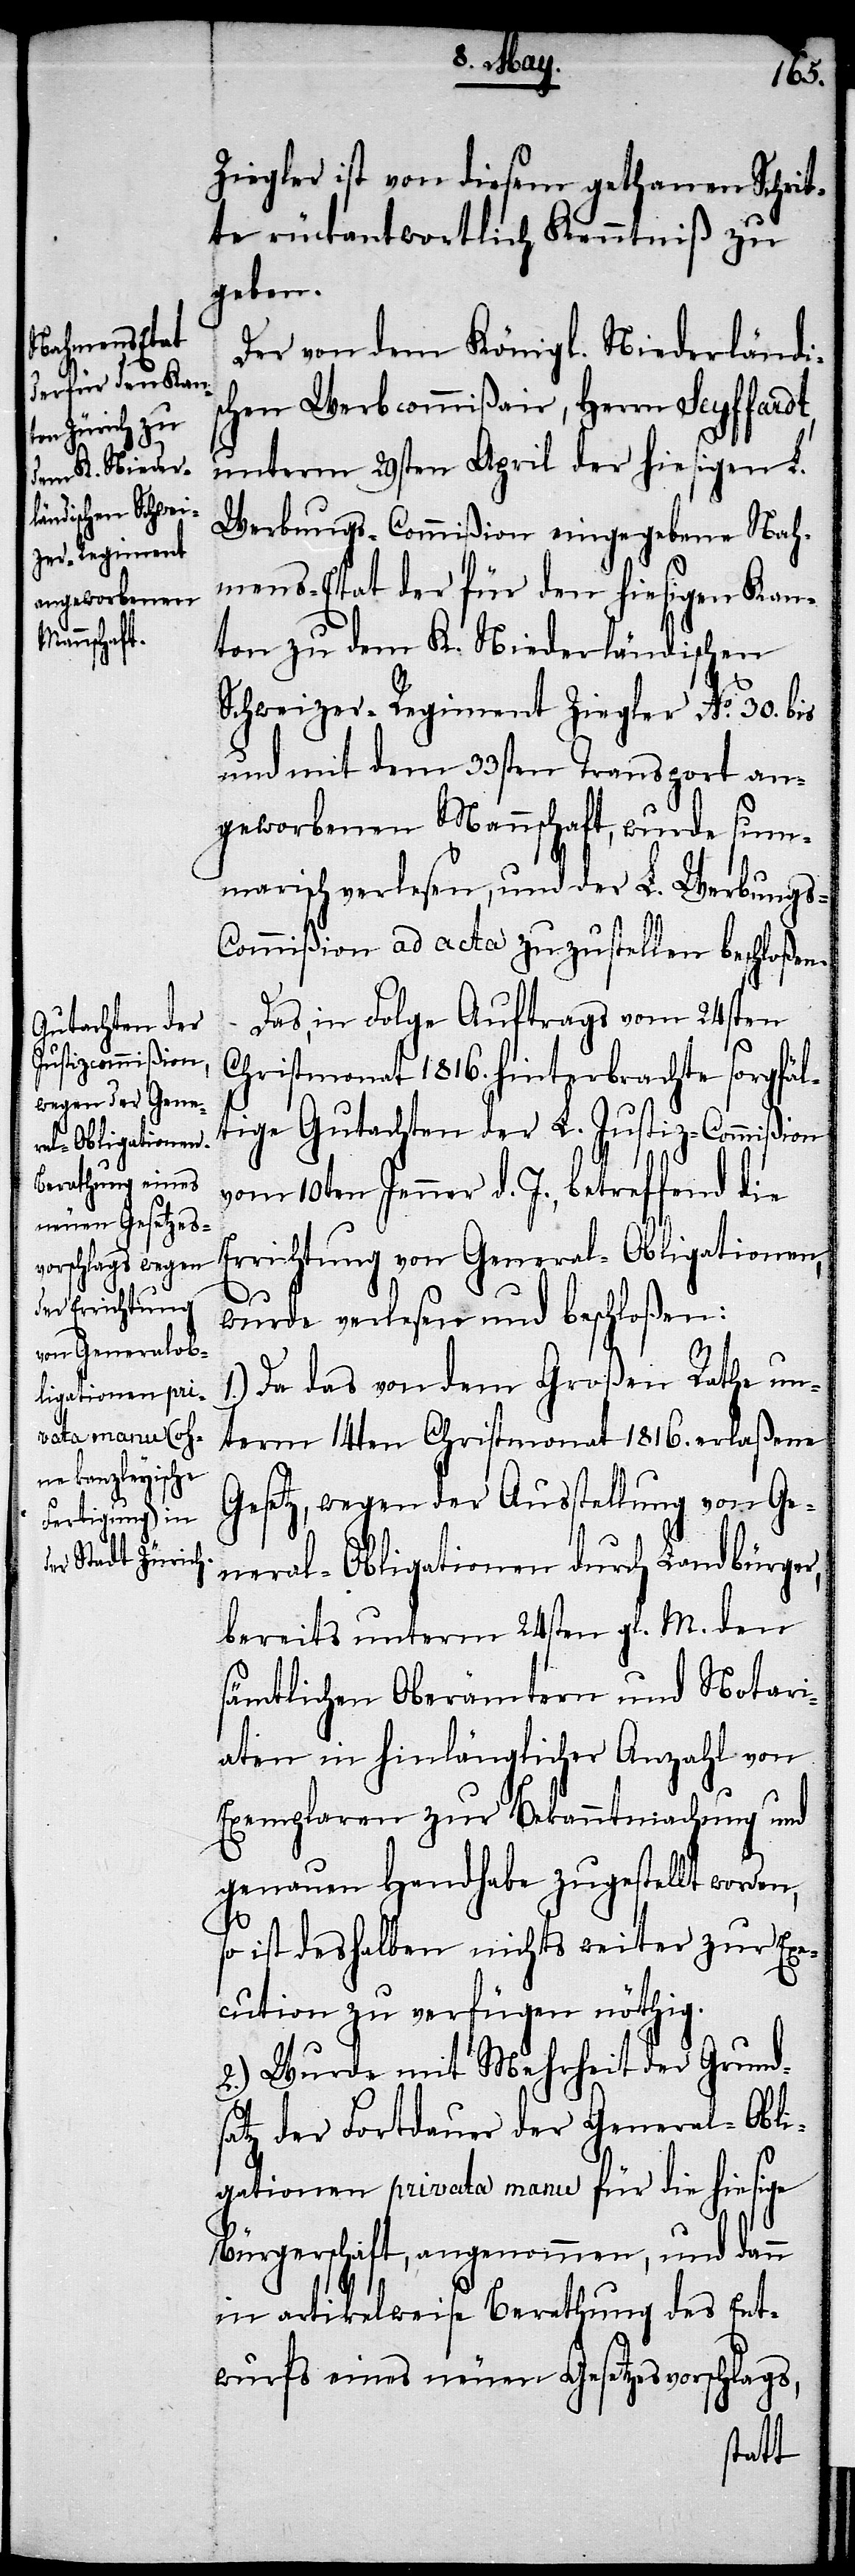
Ziegler ist von diesem gethanen Schrit¬
te rückantwortlich Kenntniß zu
geben.
Der von dem Königl. Niederländi¬
schen Werbcommißair, Herrn Seyffardt,
unterm 29sten April der hiesigen L.
Werbungs-Commißion eingegebene Nah¬
mens-Etat der für den hiesigen Kan¬
ton zu dem K. Niederländischen
Schweizer-Regiment Ziegler No. 30. bis
und mit dem 33sten Transport an¬
geworbenen Mannschaft, wurde sum¬
marisch verlesen, und der L. Werbungs-C¬
ommißion ad acta zu zustellen beschloßen.
Das, in Folge Auftrags vom 24sten
Christmonath 1816. hinterbrachte sorgfäl¬
tige Gutachten der L. Justiz-Commißion
vom 10ten Jenner d. J., betreffend die
Errichtung von General-Obligationen,
wurde verlesen und beschloßen:
Da das von dem Großen Rathe un¬
term 14ten Christmonath 1816. erlaßene
Gesetz, wegen der Ausstellung von Ge¬
neral-Obligationen durch Landbürger,
bereits unterm 24sten gl. M. den
sämtlichen Oberämtern und Notari¬
aten in hinlänglicher Anzahl von
Exemplaren zur Bekanntmachung und
genauen Handhabe zugestellt worden,
so ist desselben nichts weiter zur Ex¬
ecution zu verfügen nöthig.
2.) Wurde mit Mehrheit der Grund¬
satz der Fortdauer der General-Obli¬
gationen privata manu für die hiesige
Bürgerschaft, angenommen, und dann
in artikelweise Berathung des Ent¬
wurfs eines neuen Gesetzesvorschlags,